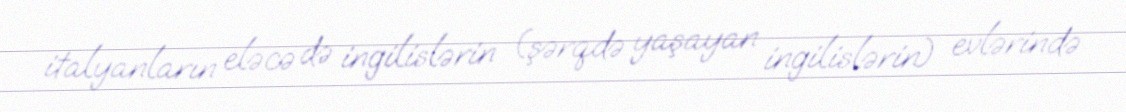
italyanların eləcə də ingilislərin (şərqdə yaşayan ingilislərin) evlərində